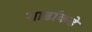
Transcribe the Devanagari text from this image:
गार्डांकडे